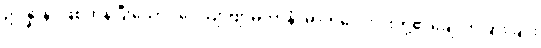
ဥပ္ပန္နာနံ၊ ဖြစ်ကုန်ပြီးသော။ ဝေယျာဗျာဓိကာနံ၊ ဓာတ်လေးပါးတို့၏ချောက်ခြားခြင်း